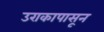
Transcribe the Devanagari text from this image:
उराकापासून